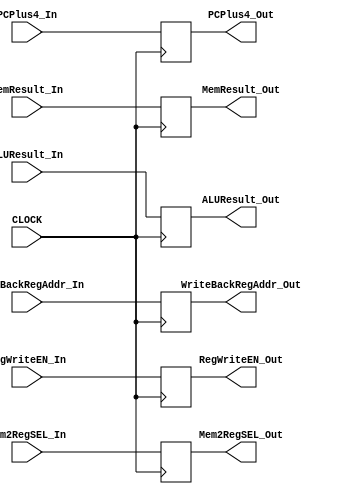
module MEM_WB_REG(CLOCK,
                  RegWriteEN_In,
                  Mem2RegSEL_In,
                  ALUResult_In,
                  MemResult_In,
                  WriteBackRegAddr_In,
                  PCPlus4_In,

                  RegWriteEN_Out,
                  Mem2RegSEL_Out,
                  ALUResult_Out,
                  MemResult_Out,
                  WriteBackRegAddr_Out,
                  PCPlus4_Out);
    input [31:0] ALUResult_In, MemResult_In, PCPlus4_In;
    input [4:0] WriteBackRegAddr_In;
    input [1:0] Mem2RegSEL_In;
    input CLOCK, RegWriteEN_In;
    output reg [31:0] ALUResult_Out, MemResult_Out, PCPlus4_Out;
    output reg [4:0] WriteBackRegAddr_Out;
    output reg [1:0] Mem2RegSEL_Out;
    output reg RegWriteEN_Out;
    
    always @(posedge CLOCK) begin
        RegWriteEN_Out       <= RegWriteEN_In;
        Mem2RegSEL_Out       <= Mem2RegSEL_In;
        ALUResult_Out        <= ALUResult_In;
        MemResult_Out        <= MemResult_In;
        PCPlus4_Out          <= PCPlus4_In;
        WriteBackRegAddr_Out <= WriteBackRegAddr_In;
    end
    
endmodule